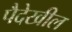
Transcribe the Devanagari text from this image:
पैदेखील